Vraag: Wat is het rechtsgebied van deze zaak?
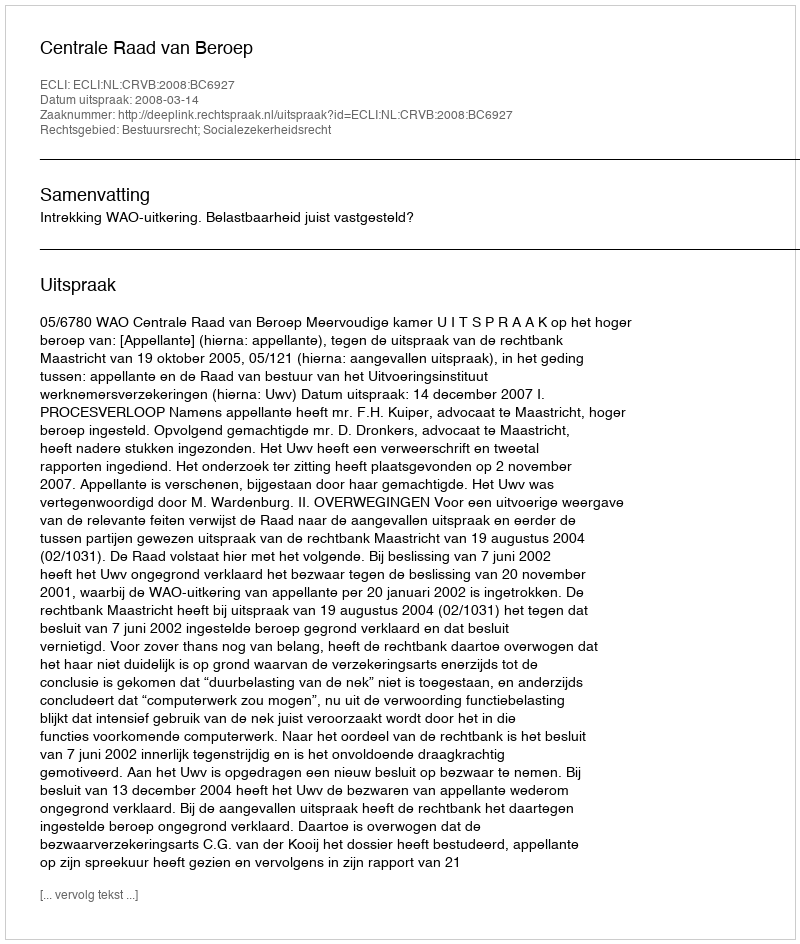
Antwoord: Bestuursrecht; Socialezekerheidsrecht